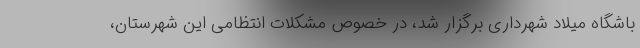
باشگاه میلاد شهرداری برگزار شد، در خصوص مشکلات انتظامی این شهرستان،